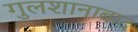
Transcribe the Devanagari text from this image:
गुलशानाबाद